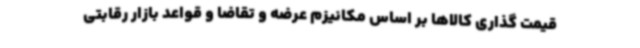
قیمت گذاری کالاها بر اساس مکانیزم عرضه و تقاضا و قواعد بازار رقابتی